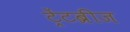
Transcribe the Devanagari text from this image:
ट्रेंटब्रीज